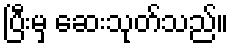
ပြီးမှ ဆေးသုတ်သည်။